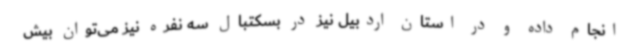
انجام داده و در استان اردبیل نیز در بسکتبال سه نفره نیز می‌توان بیش